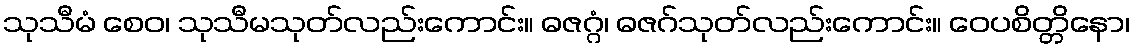
သုသီမံ စေဝ၊ သုသီမသုတ်လည်းကောင်း။ ဓဇဂ္ဂံ၊ ဓဇဂ်သုတ်လည်းကောင်း။ ဝေပစိတ္တိနော၊